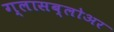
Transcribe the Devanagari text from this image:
ग्लासब्लोअर